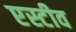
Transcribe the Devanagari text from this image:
एस्टीव